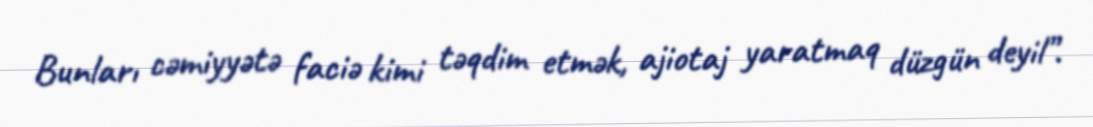
Bunları cəmiyyətə faciə kimi təqdim etmək, ajiotaj yaratmaq düzgün deyil”.